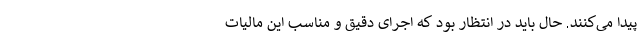
پیدا می‌کنند. حال باید در انتظار بود که اجرای دقیق و مناسب این مالیات